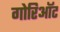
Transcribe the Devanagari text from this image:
गोरिऑट